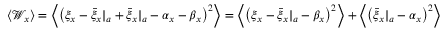
\begin{array} { r } { \langle \mathcal { W } _ { x } \rangle = \left\langle \left( \xi _ { x } - { \bar { \xi } _ { x } } | _ { a } + { \bar { \xi } _ { x } } | _ { a } - \alpha _ { x } - \beta _ { x } \right) ^ { 2 } \right\rangle = \left\langle \left( \xi _ { x } - { \bar { \xi } _ { x } } | _ { a } - \beta _ { x } \right) ^ { 2 } \right\rangle + \left\langle \left( { \bar { \xi } _ { x } } | _ { a } - \alpha _ { x } \right) ^ { 2 } \right\rangle \; , } \end{array}